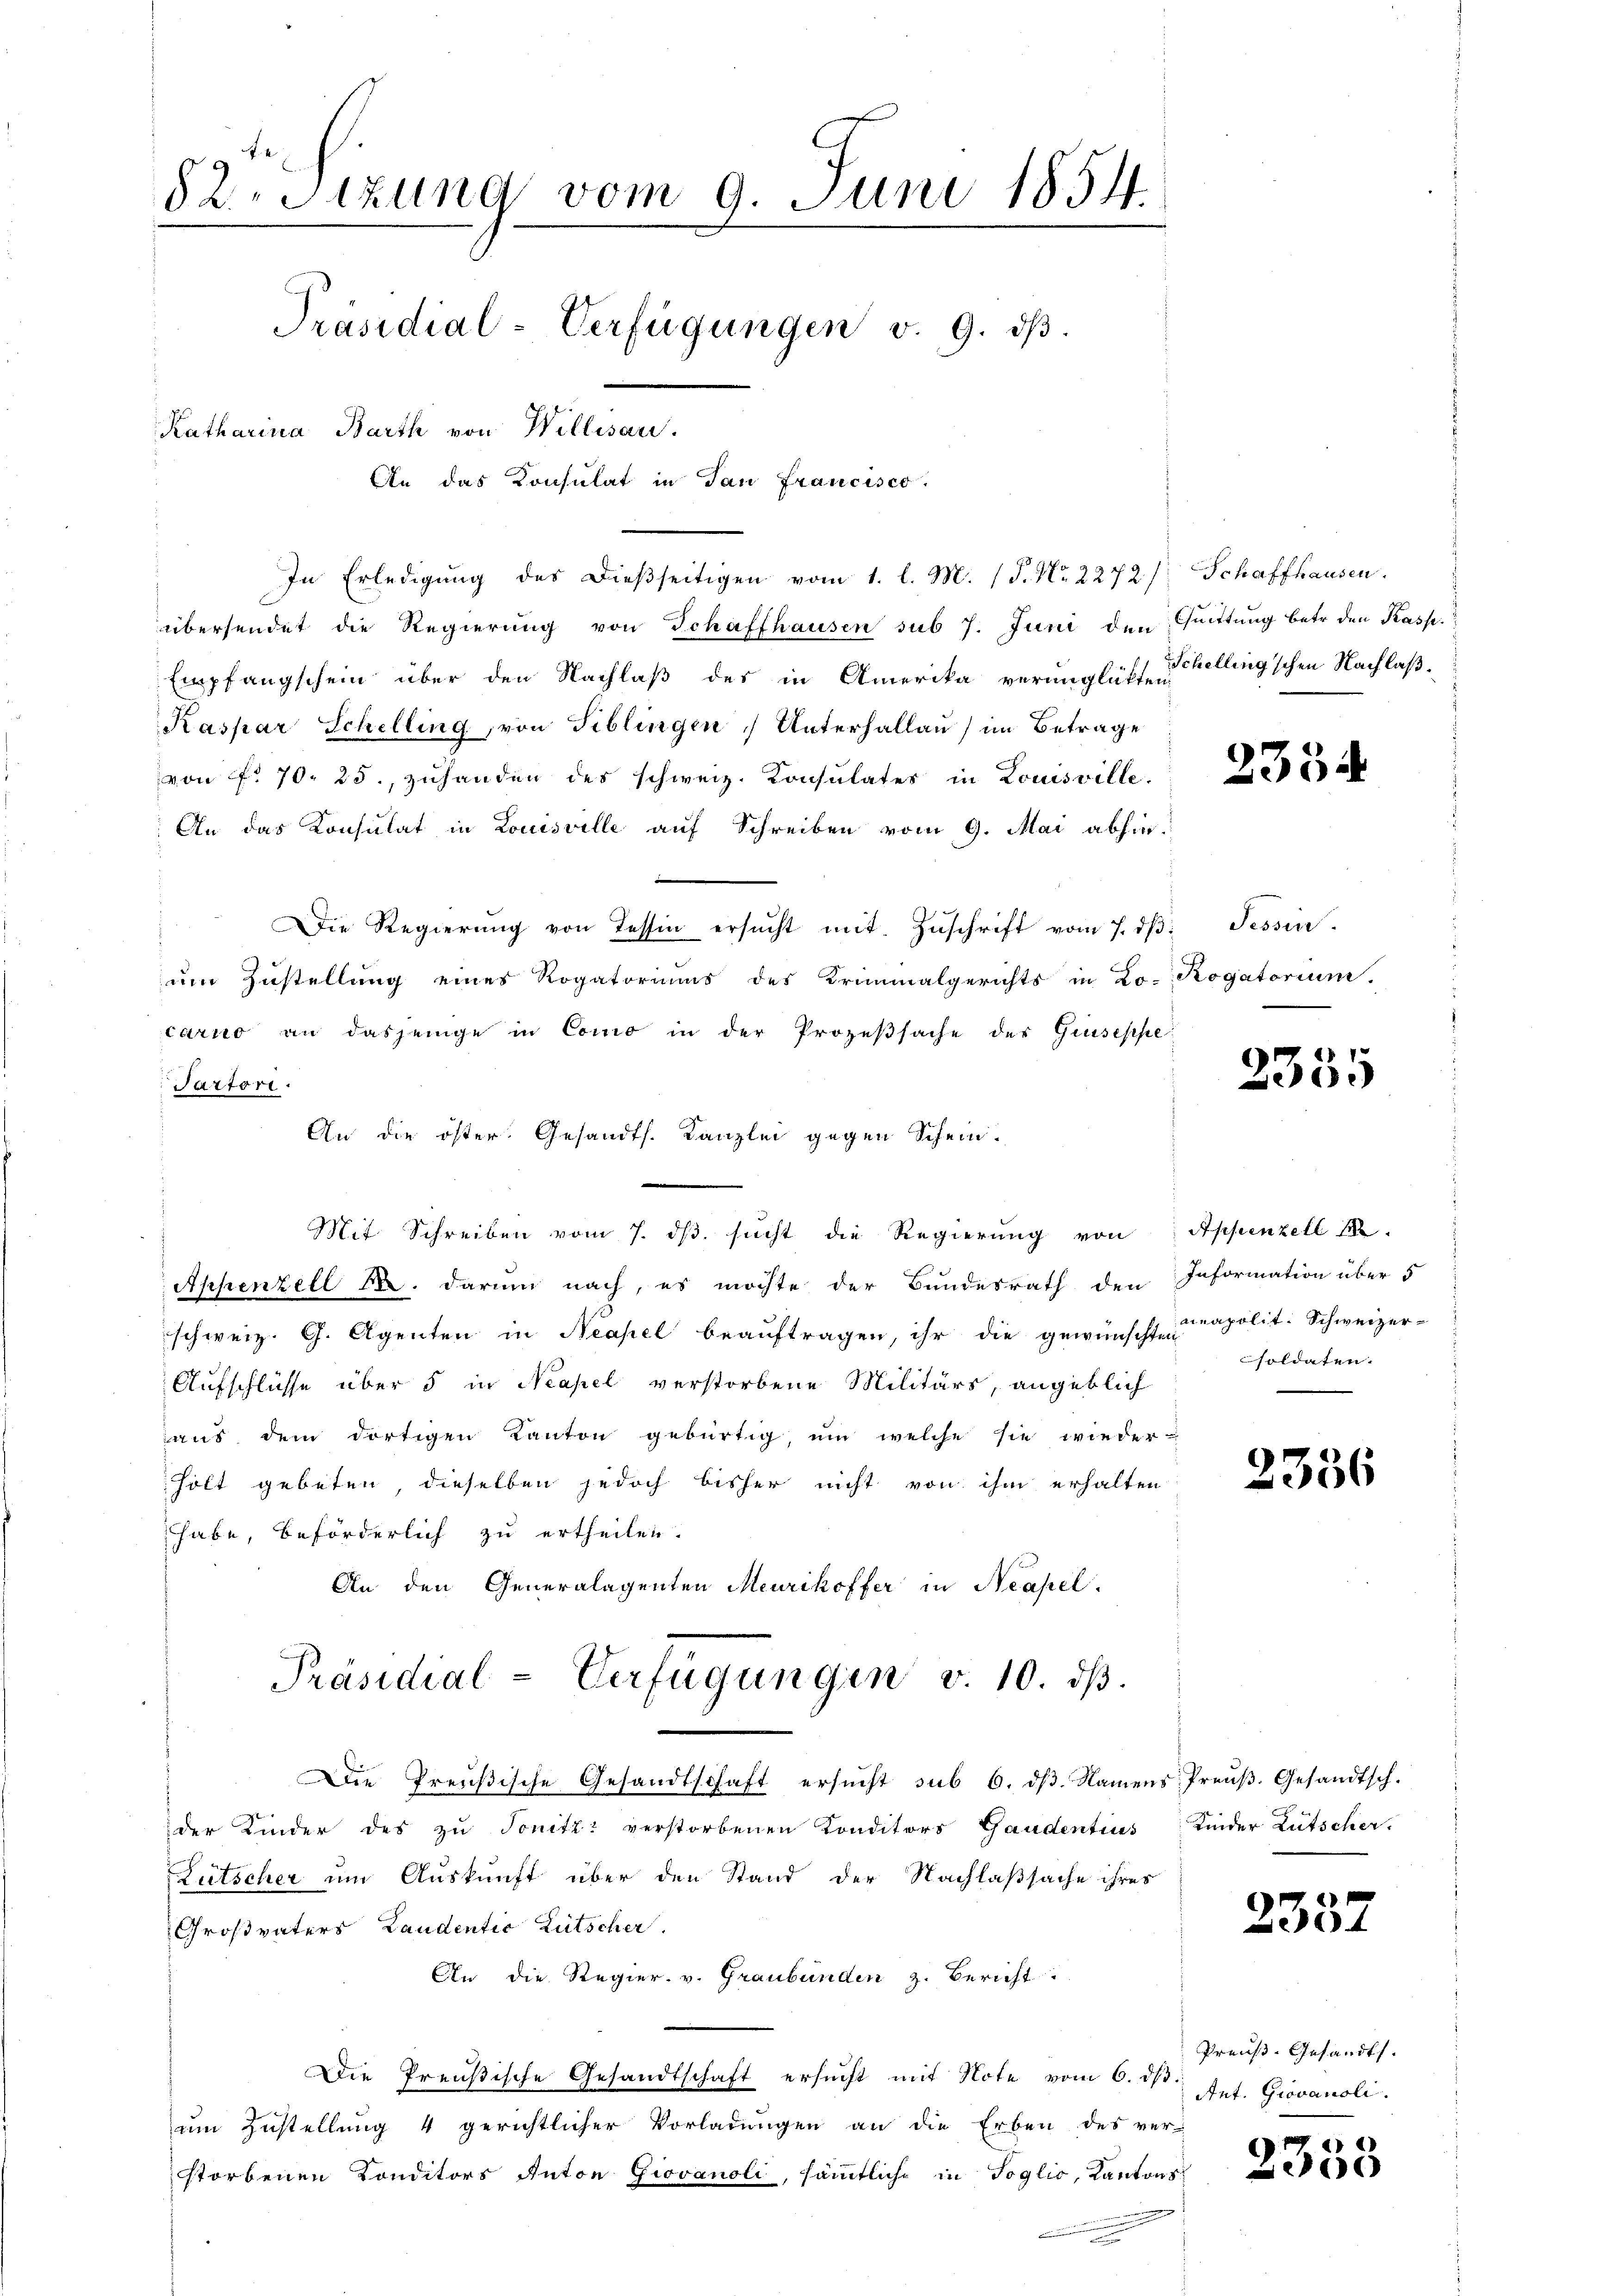
82. Sitzung vom 9. Juni 1854.
Präsidial-Verfügungen v. 9. dβ.
Katharina Barth von Willisau.
An das Konsulat in San Francisco

In Erledigung des dießseitigen vom 1. l. M. (P. Nr. 2272/ Schaffhausen.
übersendet die Regierŭng von Schaffhausen sub 7. Juni den Quittung betr. den Kasp.
Empfangschein über den Nachlaß des in Amerika verunglükten
Kaspar Schelling, von Tiblingen Unterhallau) im Betrage
von No 70. 25. zuhanden des schweiz. Konsulates in Louisville.
An das Konsulat in Louisville auf Schreiben vom 9. Mai abhin¬
Die Regierŭng von Tessin ersŭcht mit Zŭschrift vom 7. dβ: Tessin.
um Zustellung eines Rogatoriums des Kriminalgerichts in Lo- Rogatorium.
carno an dasjenige in Como in der Prozeβsache der Giuseppe
Partori.
An die öster Gesandts. Kanzlei gegen Schein.
.
Mit Schreiben vom 7. dβ sucht die Regierung von Appenzell 18
Appenzell M. darum nach, es möchte der Bundesrath den Information über 5
schweiz. G. Agenten in Neapel beauftragen, ihr die gewünscht rapolit. Schweizer-
Aufschlüsse über 5 in Neapel verstorbene Militärs, angeblich
aus dem dortigen Kanton gebürtig, um welche sie wieder-
holt gebeten, dieselben jedoch bisher nicht von ihm erhalten
habe, beförderlich zu ertheilen.
An den Generalagenten Meurikoffer in Neapel.
Präsidial-Verfügungen v. 10. ds.
Die Preußische Gesandtschaft ersŭcht sub 6. dβ. Namens Preŭβ. Gesandtsch.
der Kinder des zu Sonitz verstorbenen Konditors Gaudentius
Lütscher um Auskunft über den Stand der Nachlaßsache ihres
Großvaters Landentić Lütscher
An die Regier. v. Graubünden z. Bericht.
Die Preußische Gesandtschaft ersŭcht mit Note vom 6. dβ.
um Zustellung 4 gerichtlicher Vorladungen an die Erben des ver-
storbenen Konditors Anton Giovanoli, sämmtliche in Toglio, Kantons
m

Schelling'schen Nachlaß.

2334

2335

soldaten.

2356

Kinder Lütscher.

2337

Preuß-Gesandts.
Ant. Giovanoli.

2353